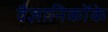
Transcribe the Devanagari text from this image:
वैज्ञानिकोंके